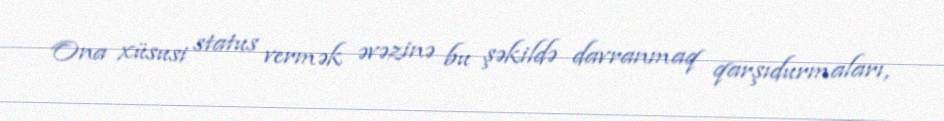
Ona xüsusi status vermək əvəzinə bu şəkildə davranmaq qarşıdurmaları,